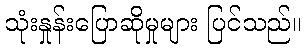
သုံးနှုန်းပြောဆိုမှုများ ပြင်သည်။